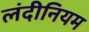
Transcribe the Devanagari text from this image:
लंदीनियम